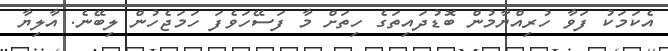
އެކަމަކު ފަވާ ހުރިއްޔާމުން ބޮޑުދައިތަގެ ހިތަށް މާ ފަސޭހަވެފަ ހަމަޖެހުން ލިބޭނެ. އާލިޔާ